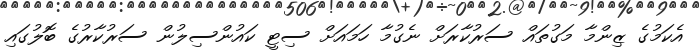
އެކަމުގެ ޒިންމާ މަގުތައް ސަރުކާރަށް ނެގުމާ ހަމައަށް ސިޓީ ކައުންސިލުން ސަރުކާރުގެ ބޮލުގައި